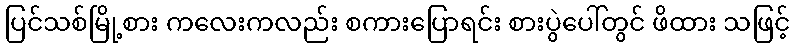
ပြင်သစ်မြို့စား ကလေးကလည်း စကားပြောရင်း စားပွဲပေါ်တွင် ဖိထား သဖြင့်